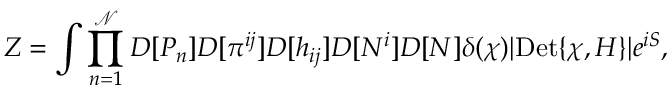
Z = \int \prod _ { n = 1 } ^ { \mathcal { N } } D [ P _ { n } ] D [ \pi ^ { i j } ] D [ h _ { i j } ] D [ N ^ { i } ] D [ N ] \delta ( \chi ) | \mathrm { D e t } \{ \chi , H \} | e ^ { i S } ,